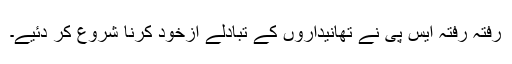
رفتہ رفتہ ایس پی نے تھانیداروں کے تبادلے ازخود کرنا شروع کر دئیے۔